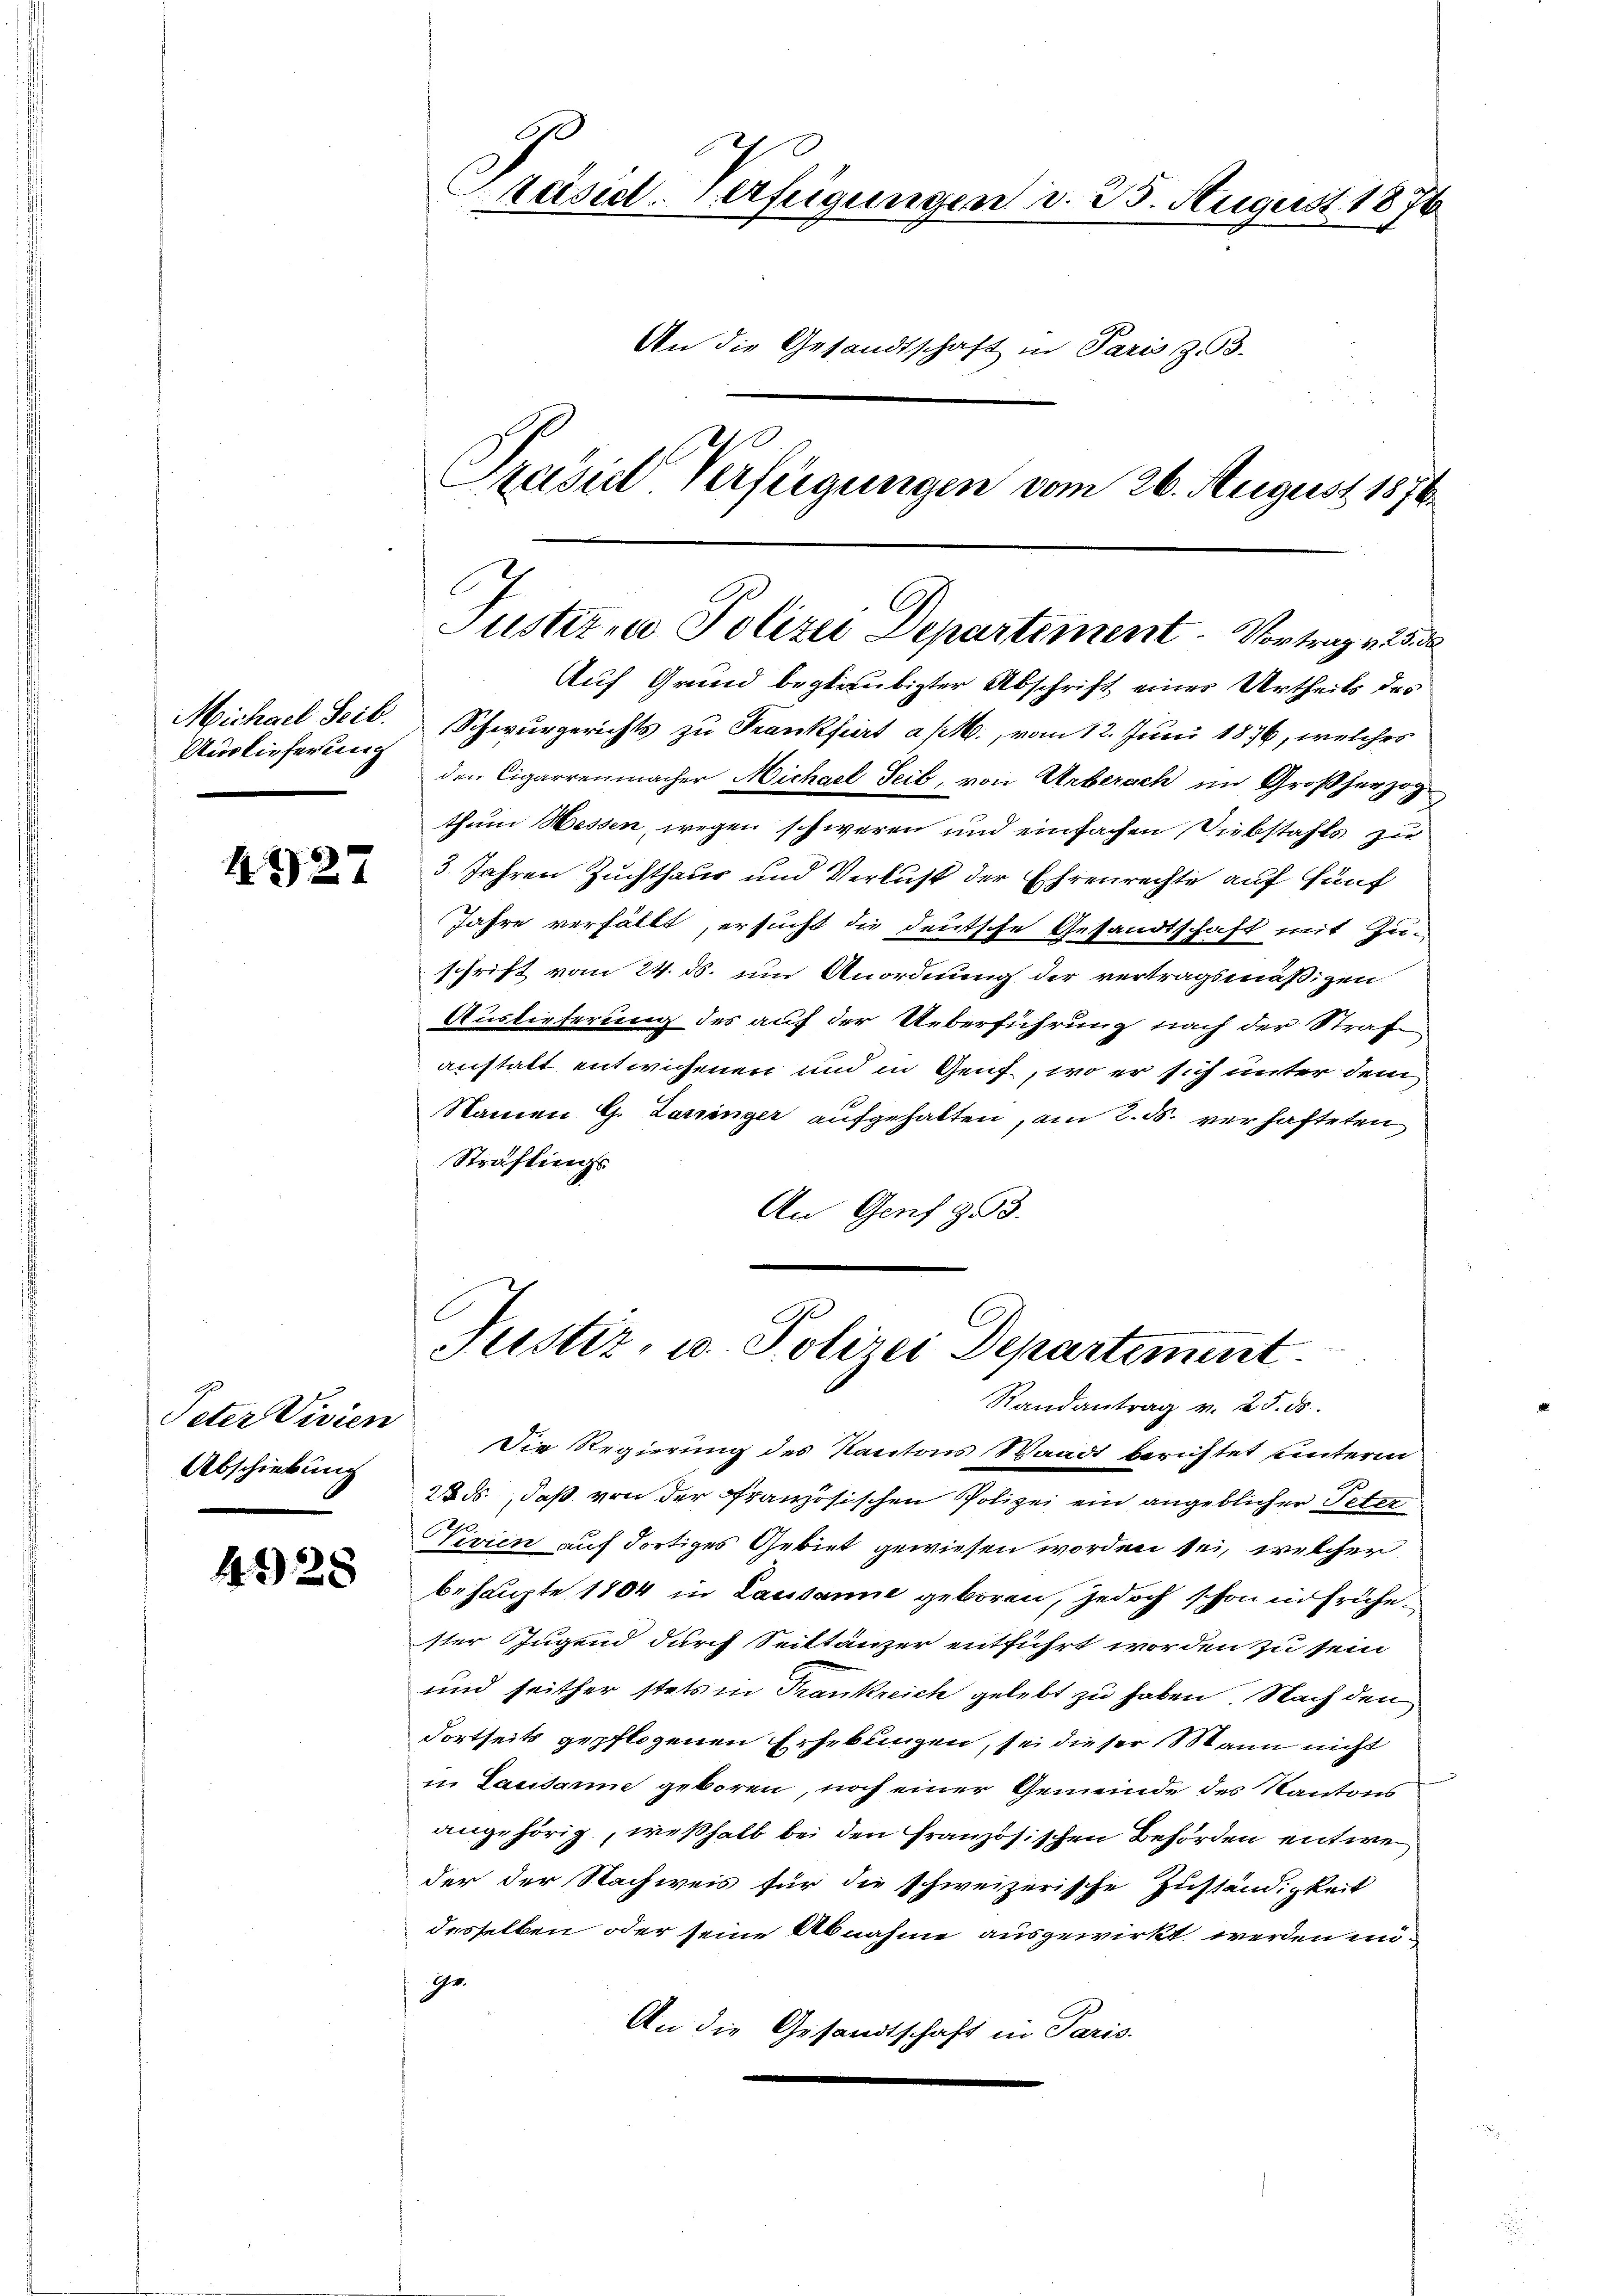
Michael Seib.
Auslieferung

4927

Peter Visien
Abschiebung

4328

Präsid-Verfügungen d. 25. August 1876
An die Gesandtschaft in Paris z. B.
Präsidl Verfügungen vom 26. August 1876

C
Justizen Polizei Departement Vortrag v. 25. d

Auf Grund beglaubigter Abschrift eines Urtheils des
Schwurgerichts zu Frankfurt a/M., vom 12. Juni 1876, welches
den Cigarrenmacher Michael Seib, von Urberach im Großherzogthum Wessen, wegen schweren und einfachen Diebstahls zu
3. Jahren Zuchthaus und Verlust der Ehrenrechte auf fünf
Jahre verfällt, ersucht die deutsche Gesandtschaft mit Zuschrift vom 24. ds. um Anordnung der vertragsmäßigen
Auslieferung des auf der Ueberführung nach der Straf
anstatt entwichenen und in Genf, wo er sich unter dem
Namen G. Zerringer aufgehalten, am 2. ds. verhafteten
Sträflings
An Genf 953.

Justiz, u. Polizei Departement
Randantrag v. 25. ds.

Die Regierung des Kantons Waadt berichtet unterm
25ds, daß von der Französischen Polizei ein angeblicher Peter
Nivien auf dortiges Gebiet gewiesen worden sei, welcher
behaupte 1804 in Lausanne geboren, jedoch schon in frühester Jugend durch Seittänzer entführt worden zu sein
und seither stets in Frankreich gelebt zu haben. Nach den
Fortseits gepflogenen Erhebungen, sei dieser Mann nicht
in Lausanne geboren, noch einer Gemeinde des Kantons
angehörig, weßhalb bei den Französischen Behörden entwe
der der Nachweis für die schweizerische Zuständigkeit
desselben oder seine Abnahme ausgewirkt werden unge
An die Gesandtschaft in Paris.